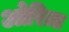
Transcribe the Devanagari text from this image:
ओरिज़ा